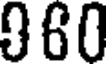
960